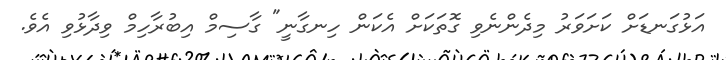
އަޅުގަނޑަށް ކަށަވަރު މިދެންނެވި ގޮތަކަށް އެކަން ހިނގާނީ" ގާސިމް އިބުރާހިމް ވިދާޅުވި އެވެ.